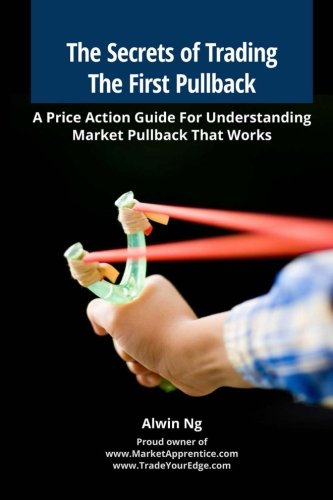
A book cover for The Secrets of Trading The First Pullback: A Price Action Guide For Understanding Market Pullback That Works; Mr Alwin Ng; Business & Money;